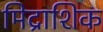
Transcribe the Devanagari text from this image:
मिद्राशिक